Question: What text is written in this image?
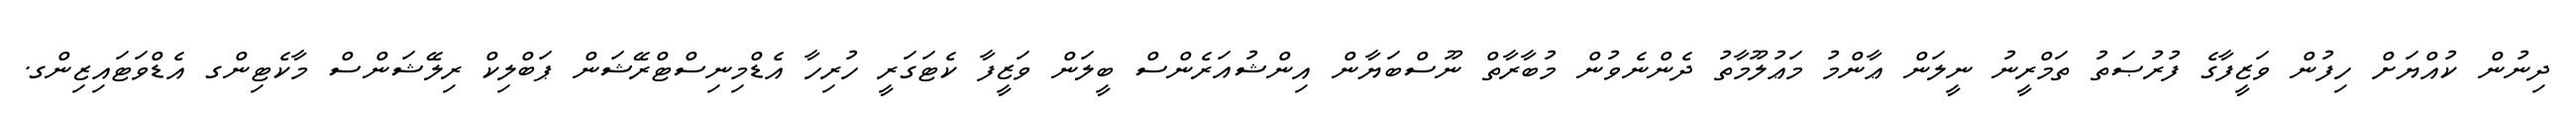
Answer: ދިނުން ކުއްޔަށް ހިފުން ވަޒީފާގެ ފުރުޞަތު ތަމްރީނު ނީލަން ޢާންމު މަޢުލޫމާތު ދެންނެވުން މުބާރާތް ނޫސްބަޔާން އިންޝުއަރެންސް ބީލަން ވަޒީފާ ކެޓަގަރީ ހުރިހާ އެޑްމިނިސްޓްރޭޝަން ޕަބްލިކް ރިލޭޝަންސް މާކެޓިންގ އެޑްވަޓައިޒިންގ.